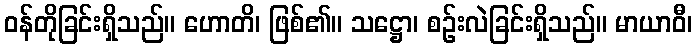
ဝန်တိုခြင်းရှိသည်။ ဟောတိ၊ ဖြစ်၏။ သဋ္ဌော၊ စဉ်းလဲခြင်းရှိသည်။ မာယာဝီ၊